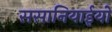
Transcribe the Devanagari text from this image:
ससानियाईयों